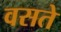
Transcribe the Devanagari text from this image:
वसते